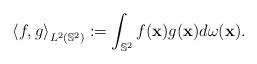
LaTeX: \begin{align*}\left\langle f,g\right\rangle_{L^2(\mathbb{S}^2)} :=\int_{\mathbb{S}^2}f(\mathbf{x})g(\mathbf{x}) d\omega(\mathbf{x}).\end{align*}